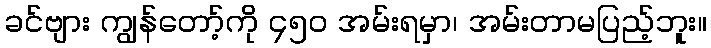
ခင်ဗျား ကျွန်တော့်ကို ၄၅၀ အမ်းရမှာ၊ အမ်းတာမပြည့်ဘူး။